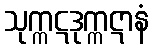
သုက္ကဋဒုက္ကဋာနံ